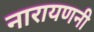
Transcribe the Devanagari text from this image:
नारायणनी